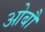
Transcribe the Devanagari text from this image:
ओबौ